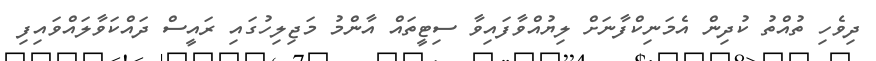
ދިވެހި ތުއްތު ކުދިން އެމަނިކްފާނަށް ލިޔުއްވާފައިވާ ސިޓީތައް އާންމު މަޖިލިހުގައި ރައީސް ދައްކަވާލައްވައިފި